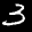
Label: 3